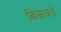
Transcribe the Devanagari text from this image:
बिळाकडे